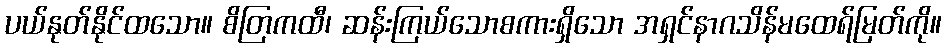
ပယ်နုတ်နိုင်ထသော။ စိတြကထီ၊ ဆန်းကြယ်သောစကားရှိသော အရှင်နာဂသိန်မထေရ်မြတ်ကို။